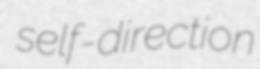
self-direction